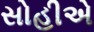
સોહીએ